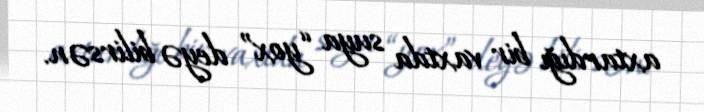
axtardığı bir vaxtda suya “yox” deyə bilirsən.